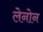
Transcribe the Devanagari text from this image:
लेनोन